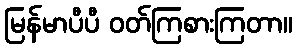
မြန်မာပီပီ ဝတ်ကြစားကြတာ။